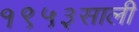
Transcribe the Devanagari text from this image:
१९५३साली